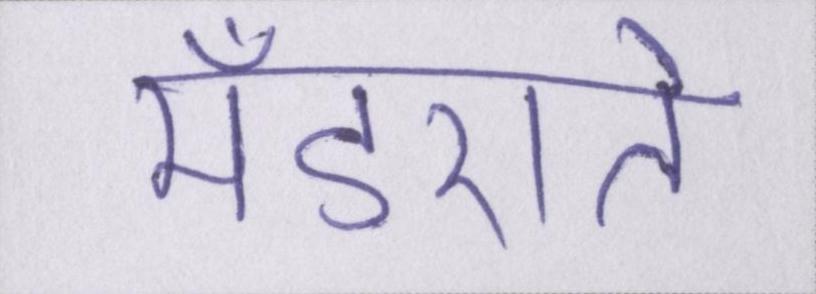
मँडराते